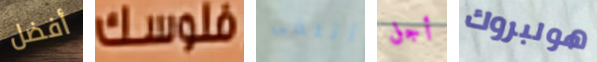
أفضل فلوسك أتلقى أجل هولبروك